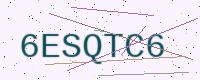
Text: 6ESQTC6